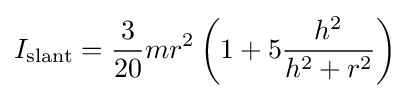
I_{\text{slant}}={\frac {3}{20}}mr^{2}\left(1+5{\frac {h^{2}}{h^{2}+r^{2}}}\right)\,\!